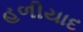
હળીયાદ